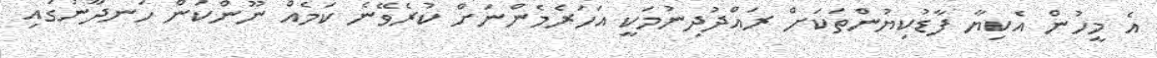
އެ މީހުން އެކިޔާ ފާޑުކިޔުންތަކަށް ރައްދުދިނުމަކީ އަހަރެމެންނަށް ކުރެވޭނެ ކަމެއް ނޫންކަން ހަނދާނުގައި